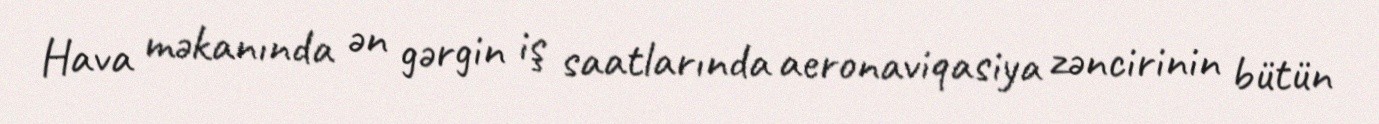
Hava məkanında ən gərgin iş saatlarında aeronaviqasiya zəncirinin bütün